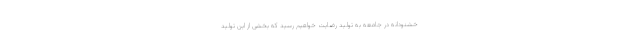
خشنودانه در جامعه به تولیدِ رضایت خواهیم رسید که بخشی از این تولید